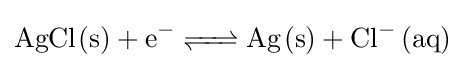
{\ce {AgCl(s) + e^- <=> Ag(s) + Cl^- (aq)}}